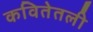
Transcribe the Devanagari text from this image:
कवितेतली